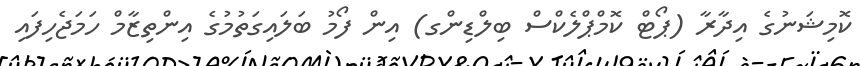
ކޮމިޝަނުގެ އިދާރާ (ޕޯޓް ކޮމްޕްލެކްސް ބިލްޑިންގ) އިން ފޯމު ބަލައިގަތުމުގެ އިންތިޒާމް ހަމަޖެހިފައި